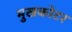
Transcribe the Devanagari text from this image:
मुखकोटर